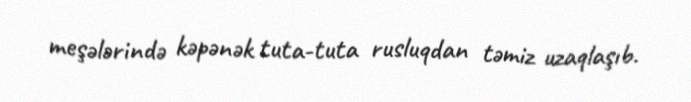
meşələrində kəpənək tuta-tuta rusluqdan təmiz uzaqlaşıb.